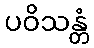
ပဝိသန္တံ